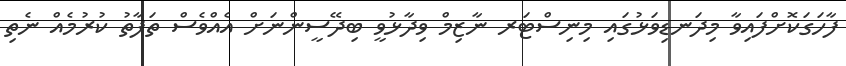
ފާހަގަކޮށްފައިވާ މިދަނޑިވަޅުގައި މިނިސްޓަރ ނާޒިމް ވިދާޅުވީ ބިދޭސީންނަށް އެއްވެސް ތަފާތު ކުރުމެއް ނެތި